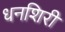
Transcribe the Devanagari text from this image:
धनशिरी